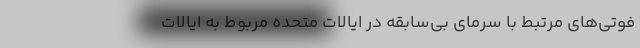
فوتی‌های مرتبط با سرمای بی‌سابقه در ایالات متحده مربوط به ایالات